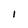
Character: l